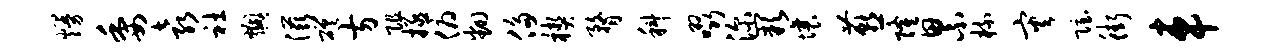
熳委袁社燠滋磋方阻拯俯翻侈楔瞀科啜深缺壤燕隆累梳灾隐街车